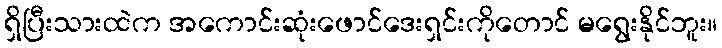
ရှိပြီးသားထဲက အကောင်းဆုံးဖောင်ဒေးရှင်းကိုတောင် မရွေးနိုင်ဘူး။